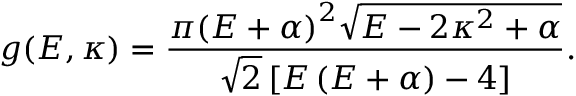
g ( E , \kappa ) = \frac { { \pi { { \left( { E + \alpha } \right) } ^ { 2 } } \sqrt { E - 2 { \kappa ^ { 2 } } + \alpha } } } { { \sqrt 2 \left[ { E \left( { E + \alpha } \right) - 4 } \right] } } .